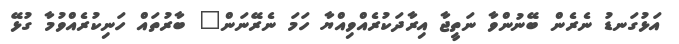
އަޅުގަނޑު ނެރެން ބޭނުންވާ ނަތީޖާ އިރާދަކުރެއްވިއްޔާ ހަމަ ނެރޭނަން" ބާރުތައް ހަނިކުރެއްވުމާ ގުޅޭ